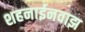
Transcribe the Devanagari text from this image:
शहनाईनवाझ